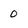
Character: 0